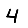
Digit: 4